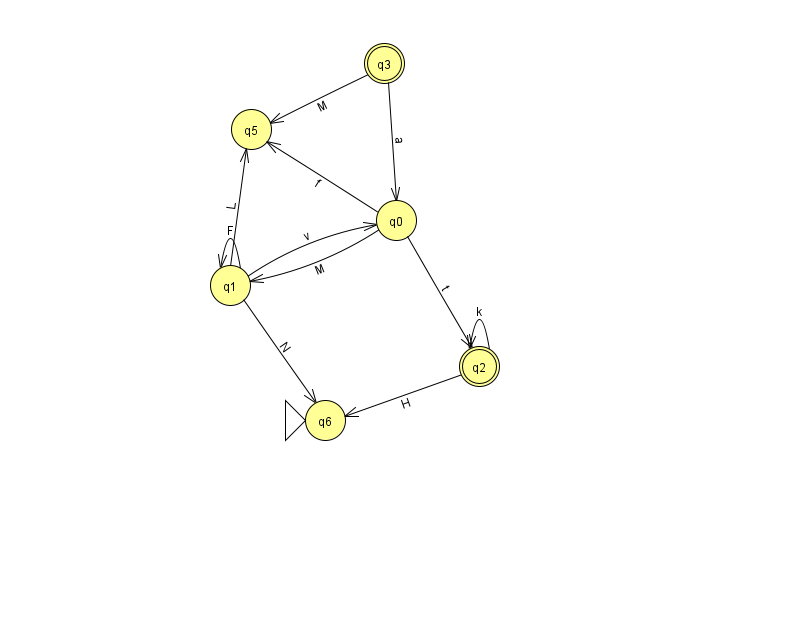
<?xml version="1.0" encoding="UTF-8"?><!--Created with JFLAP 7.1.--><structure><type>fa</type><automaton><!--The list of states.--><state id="0" name="q0"><x>396.0</x><y>207.0</y></state><state id="1" name="q1"><x>230.0</x><y>272.0</y></state><state id="2" name="q2"><x>479.0</x><y>353.0</y><final/></state><state id="3" name="q3"><x>384.0</x><y>50.0</y><final/></state><state id="5" name="q5"><x>251.0</x><y>116.0</y></state><state id="6" name="q6"><x>325.0</x><y>407.0</y><initial/></state><!--The list of transitions.--><transition><from>3</from><to>5</to><read>M</read></transition><transition><from>1</from><to>6</to><read>N</read></transition><transition><from>2</from><to>6</to><read>H</read></transition><transition><from>3</from><to>0</to><read>a</read></transition><transition><from>1</from><to>1</to><read>F</read></transition><transition><from>0</from><to>1</to><read>M</read></transition><transition><from>0</from><to>2</to><read>t</read></transition><transition><from>2</from><to>2</to><read>k</read></transition><transition><from>0</from><to>5</to><read>f</read></transition><transition><from>1</from><to>0</to><read>v</read></transition><transition><from>1</from><to>5</to><read>L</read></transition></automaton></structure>